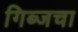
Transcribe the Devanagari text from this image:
गिब्जचा